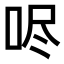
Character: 𫩺